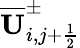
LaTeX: \overline{{\mathbf{U}}}_{i,j+\frac{1}{2}}^{\pm}